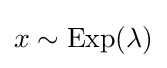
x\sim \operatorname {Exp} (\lambda )